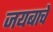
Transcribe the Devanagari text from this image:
जयबाचे